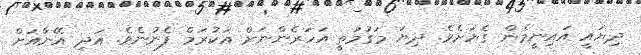
ދިޔައީ އައިނީމެން ގެޔަށެވެ. ދިޔަ މަގުމަތީ އަހަރެންނަށް އަކުރަމް ފެނުނެވެ. އަދި އޭނާއަށް